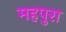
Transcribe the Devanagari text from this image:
महपुरा